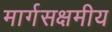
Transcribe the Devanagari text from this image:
मार्गसक्षमीय